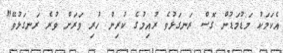
އެކަމަކު މަޑުމަޑުން ގޮސް ރަނގަޅުވެ ރުއިމުގެ ކުރިން ހުރި ވަރަށް ވުރެ ރަނގަޅުވޭ"